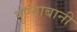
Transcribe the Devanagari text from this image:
पुण्याबानी